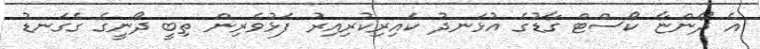
އެ ދޯންޏާ ކޯސްޓް ގާޑުގެ އުޅަނދު ކައިރިކުރިއިރު ފަޅުވެރިން ތިބީ ދޯނީގެ ގެގަނޑު